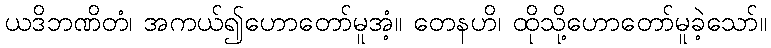
ယဒိဘဏိတံ၊ အကယ်၍ဟောတော်မူအံ့။ တေနဟိ၊ ထိုသို့ဟောတော်မူခဲ့သော်။